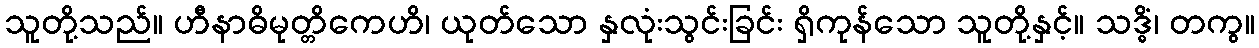
သူတို့သည်။ ဟီနာဓိမုတ္တိကေဟိ၊ ယုတ်သော နှလုံးသွင်းခြင်း ရှိကုန်သော သူတို့နှင့်။ သဒ္ဓိံ၊ တကွ။